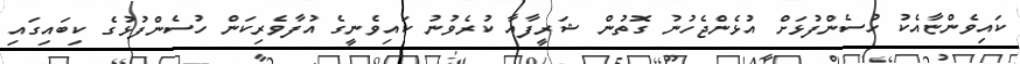
ކައިވެންޏާއެކު ހުސެންފުޅަށް އުޅެންޖެހުނު ގޮތުން ޝަރީފާއާ ކުރެވުނު ކައިވެނީގެ އުފާވެރިކަން ހުސެންފުޅުގެ ކިބައިގައި